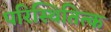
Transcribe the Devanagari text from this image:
परिस्थितित्क